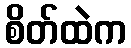
စိတ်ထဲက